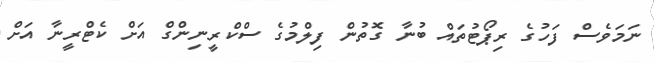
ނަމަވެސް ފަހުގެ ރިޕޯޓުތައް ބުނާ ގޮތުން ފިލްމުގެ ސްކްރީނިންގް އަށް ކެޓްރީނާ އަށް